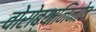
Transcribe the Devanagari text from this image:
वोरोब्यानिनोव